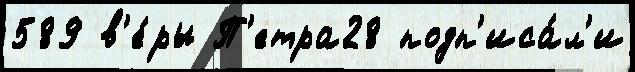
589 в'е́ры П'етра28 подп'иса́л'и